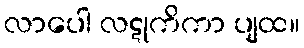
လာပေါ လဋုကိကာ ပျထ။